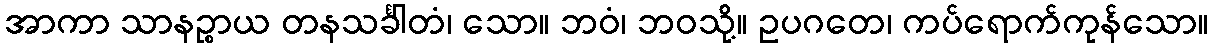
အာကာ သာနဉ္စာယ တနသင်္ခါတံ၊ သော။ ဘဝံ၊ ဘဝသို့။ ဥပဂတေ၊ ကပ်ရောက်ကုန်သော။